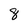
Character: 8